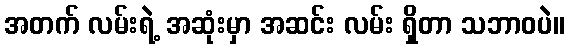
အတက် လမ်းရဲ့ အဆုံးမှာ အဆင်း လမ်း ရှိတာ သဘာဝပဲ။